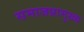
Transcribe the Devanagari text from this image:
समाजप्रामुख्य